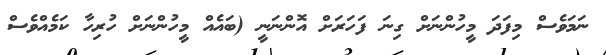
ނަމަވެސް މިފަދަ މީހުންނަށް ގިނަ ފަހަރަށް އޮންނަނީ (ބައެއް މީހުންނަށް ހުރިހާ ކަމެއްވެސް